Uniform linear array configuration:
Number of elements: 32
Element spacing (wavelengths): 1
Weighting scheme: hamming
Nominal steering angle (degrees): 60
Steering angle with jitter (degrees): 58.864
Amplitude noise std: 0.05
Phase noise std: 0.05

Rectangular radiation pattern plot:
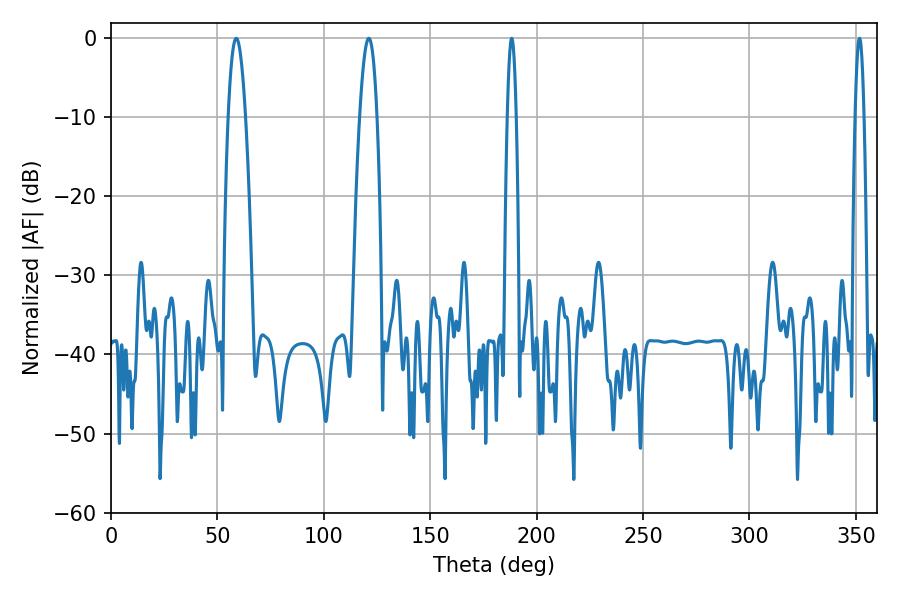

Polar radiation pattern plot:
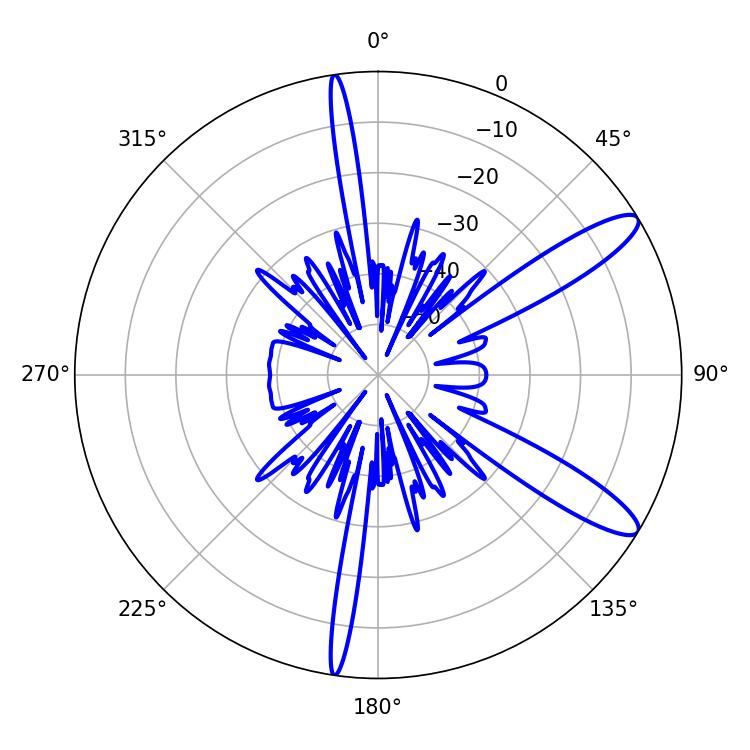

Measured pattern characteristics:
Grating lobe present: TRUE
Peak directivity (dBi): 11.791
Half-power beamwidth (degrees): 4.5
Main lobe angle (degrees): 121.14